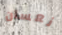
نعسان